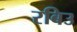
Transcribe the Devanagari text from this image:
रबिउ